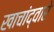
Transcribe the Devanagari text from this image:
खाचांद्वारे